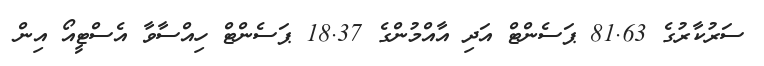
ސަރުކާރުގެ 81.63 ޕަސެންޓް އަދި އާއްމުންގެ 18.37 ޕަސެންޓް ހިއްސާވާ އެސްޓީއޯ އިން